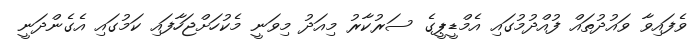
ވެފައިވާ ވައުދުތައް ފުއްދުމުގައި އެމްޑީޕީގެ ސަރުކާރު މިއަދު މިވަނީ މެކުހަށްޖަހާފައި ކަމުގައި އެގެންދަނީ